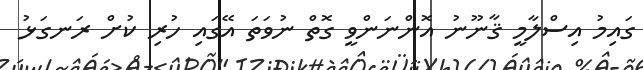
ގައިމު އިސްލާމީ ޤާނޫނު އޮންނަންވީ ގޮތް ނުވަތަ އޭގައި ހުރި ކުށް ރަނގަޅު